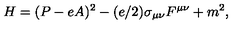
H = ( P - e A ) ^ { 2 } - ( e / 2 ) \sigma _ { \mu \nu } F ^ { \mu \nu } + m ^ { 2 } ,